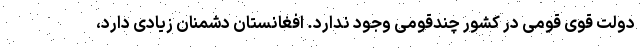
دولت قوی قومی در کشور چندقومی وجود ندارد. افغانستان دشمنان زیادی دارد،